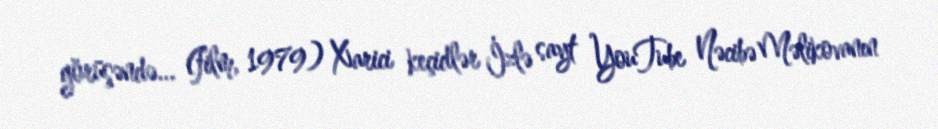
görüşəndə... (film, 1979) Xarici keçidlər İzlə sayt YouTube Nəcibə Məlikovanın